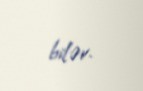
bilər.